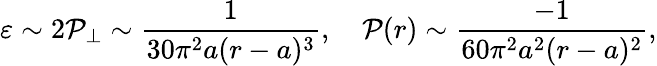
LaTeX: \varepsilon\sim2\mathcal{P}_{\perp}\sim\frac{{1}}{{30\pi^{2}a(r-a)^{3}}},\quad\mathcal{P}(r)\sim\frac{{-1}}{{60\pi^{2}a^{2}(r-a)^{2}}},